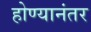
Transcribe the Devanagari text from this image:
होण्यानंतर